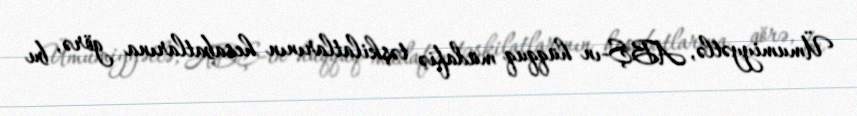
Ümumiyyətlə, ABŞ-ın hüqquq müdafiə təşkilatlarının hesabatlarına görə, bu